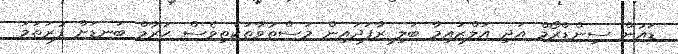
ޑައުން ސިންޑްރޯމް އަދި އަލްޒައިމާ ބަލި ރާފަދައިން މަސްތުވާތަކެތިވެސް ޙަރާމް ބަނޑަށް ފުރަތަމަ